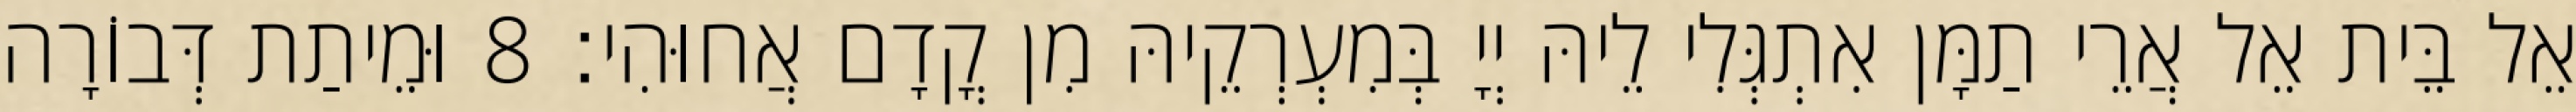
אֵל בֵּית אֵל אֲרֵי תַמָּן אִתְגְּלִי לֵיהּ יְיָ בְּמִעְרְקֵיהּ מִן קֳדָם אֲחוּהִי׃ 8 וּמֵיתַת דְּבוֹרָה